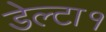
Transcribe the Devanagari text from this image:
डेल्टा१